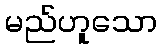
မည်ဟူသော